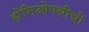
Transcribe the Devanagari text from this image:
होमिओपथीची